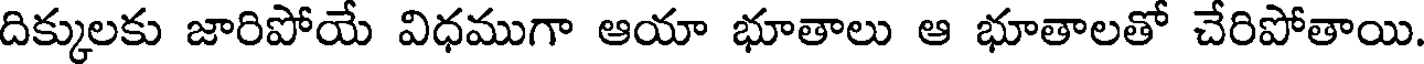
దిక్కులకు జారిపోయే విధముగా ఆయా భూతాలు ఆ భూతాలతో చేరిపోతాయి